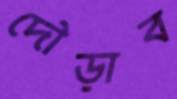
দৌড়াব